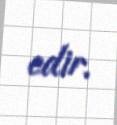
edir.